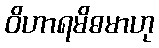
ဝိဟာရမိဓမာဟု